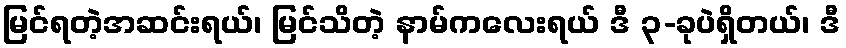
မြင်ရတဲ့အဆင်းရယ်၊ မြင်သိတဲ့ နာမ်ကလေးရယ် ဒီ ၃-ခုပဲရှိတယ်၊ ဒီ